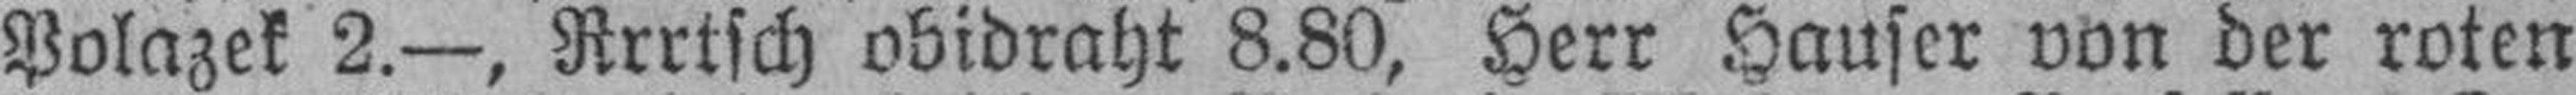
Polazek 2.—, Rrrtsch obidraht 8.80, Herr Hauser von der roten